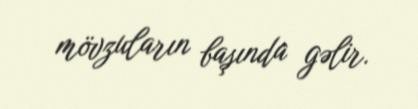
mövzuların başında gəlir.